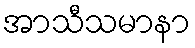
အာသီသမာနာ